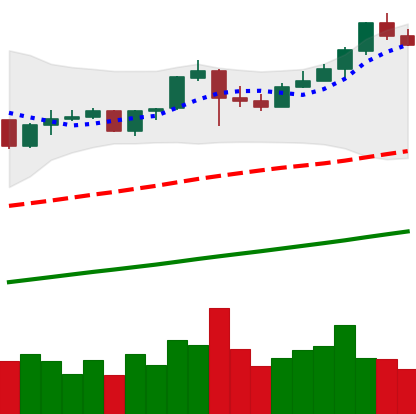
Ticker: BNB-USD
Chart end date: 2019-06-23
Forward return: -6.961%
Label: down_5_7